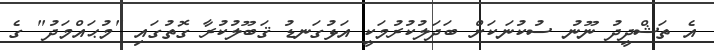
އެ ތަޝްދީދު ނޫނު ސުކުނަކަށް ބަދަލުކުރުމަކީ އަޅުގަނޑު ޤަބޫލުކުރާ ގޮތުގައި "މުޙައްމަދު" ގެ